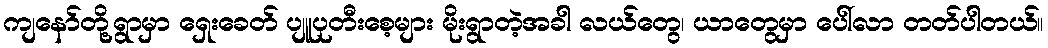
ကျနော်တို့ရွာမှာ ရှေးခေတ် ပျူပုတီးစေ့များ မိုးရွာတဲ့အခါ လယ်တွေ၊ ယာတွေမှာ ပေါ်လာ တတ်ပါတယ်။